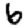
Digit: 6